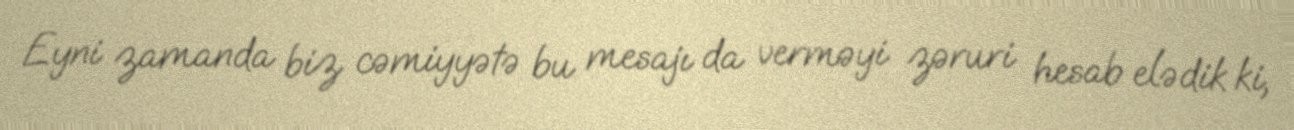
Eyni zamanda biz cəmiyyətə bu mesajı da verməyi zəruri hesab elədik ki,